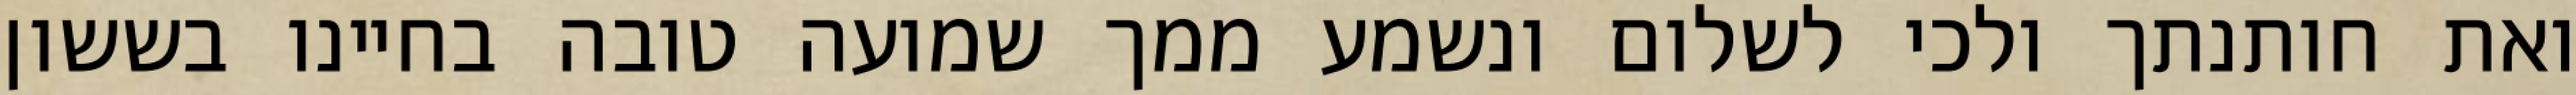
ואת חותנתך ולכי לשלום ונשמע ממך שמועה טובה בחיינו בששון